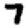
Digit: 7